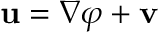
\mathbf { u } = \nabla \varphi + \mathbf { v }